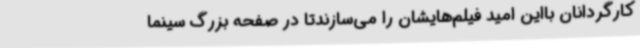
کارگردانان بااین امید فیلم‌هایشان را می‌سازندتا در صفحه بزرگ سینما